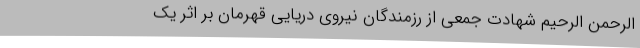
الرحمن الرحیم شهادت جمعی از رزمندگان نیروی دریایی قهرمان بر اثر یک